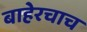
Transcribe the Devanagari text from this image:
बाहेरचाच